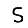
Digit: 5